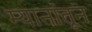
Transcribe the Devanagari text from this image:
म्यानांतून